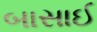
બાસાઈ